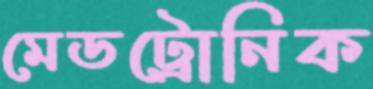
মেডট্রোনিক